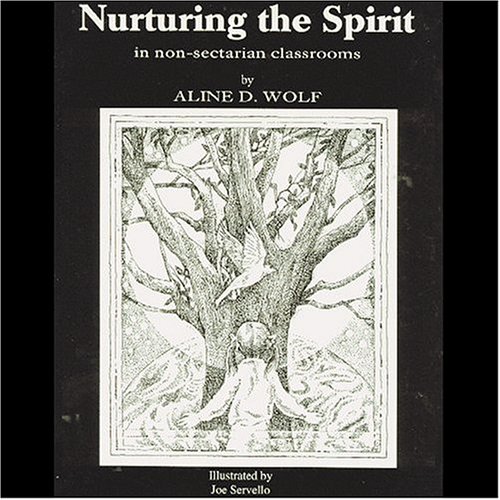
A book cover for Nurturing the Spirit: In Non-Sectarian Classrooms; Aline D. Wolf; Religion & Spirituality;